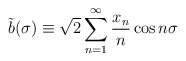
\begin{align*}\tilde{b}(\sigma)\equiv\sqrt{2}\sum_{n=1}^\infty\frac{x_n}{n}\cos n\sigma\end{align*}